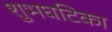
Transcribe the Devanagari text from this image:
शुभघटिका